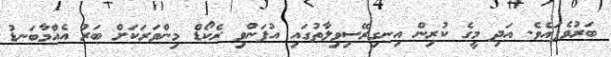
ބަރުވެފައެވެ. އަދި މީގެ ކުރިން އިނގިރޭސިވިލާތުގައި އުފަންވި ރެކޯޑް މިންވަރަކަށް ބަރު އެއްމާބަނޑު